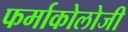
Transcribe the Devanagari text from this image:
फर्माकोलोजी